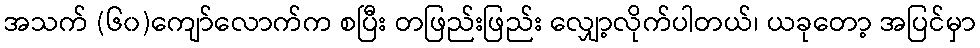
အသက် (၆၀)ကျော်လောက်က စပြီး တဖြည်းဖြည်း လျှော့လိုက်ပါတယ်၊ ယခုတော့ အပြင်မှာ